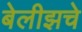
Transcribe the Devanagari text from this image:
बेलीझचे